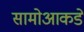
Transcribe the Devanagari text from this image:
सामोआकडे